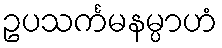
ဥပသင်္ကမနမ္ပာဟံ